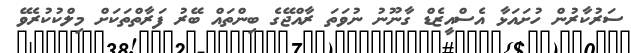
ސަރުކާރުން ހުށައަޅާ އެސްއީޒެޑް ގާނޫނު ނުވަތަ ރާއްޖޭގެ ބިންތައް ބޭރު ފަރާތްތަކަށް މިލްކުކުރެވޭ